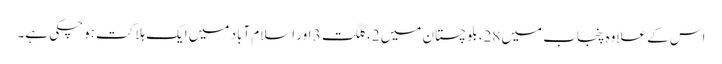
اس کے علاوہ پنجاب میں 28، بلوچستان میں 2، گلگت 3 اور اسلام آباد میں ایک ہلاکت ہوچکی ہے۔